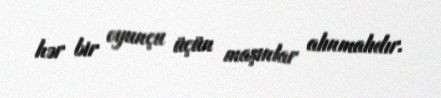
hər bir oyunçu üçün maşınlar alınmalıdır.